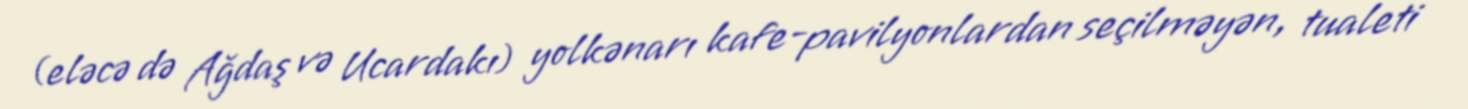
(eləcə də Ağdaş və Ucardakı) yolkənarı kafe-pavilyonlardan seçilməyən, tualeti